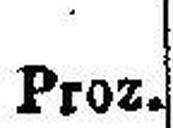
Proz.